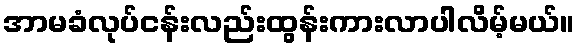
အာမခံလုပ်ငန်းလည်းထွန်းကားလာပါလိမ့်မယ်။